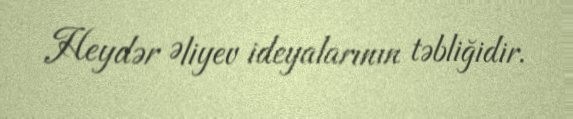
Heydər Əliyev ideyalarının təbliğidir.